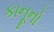
કાનૂનો